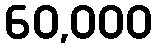
60,000